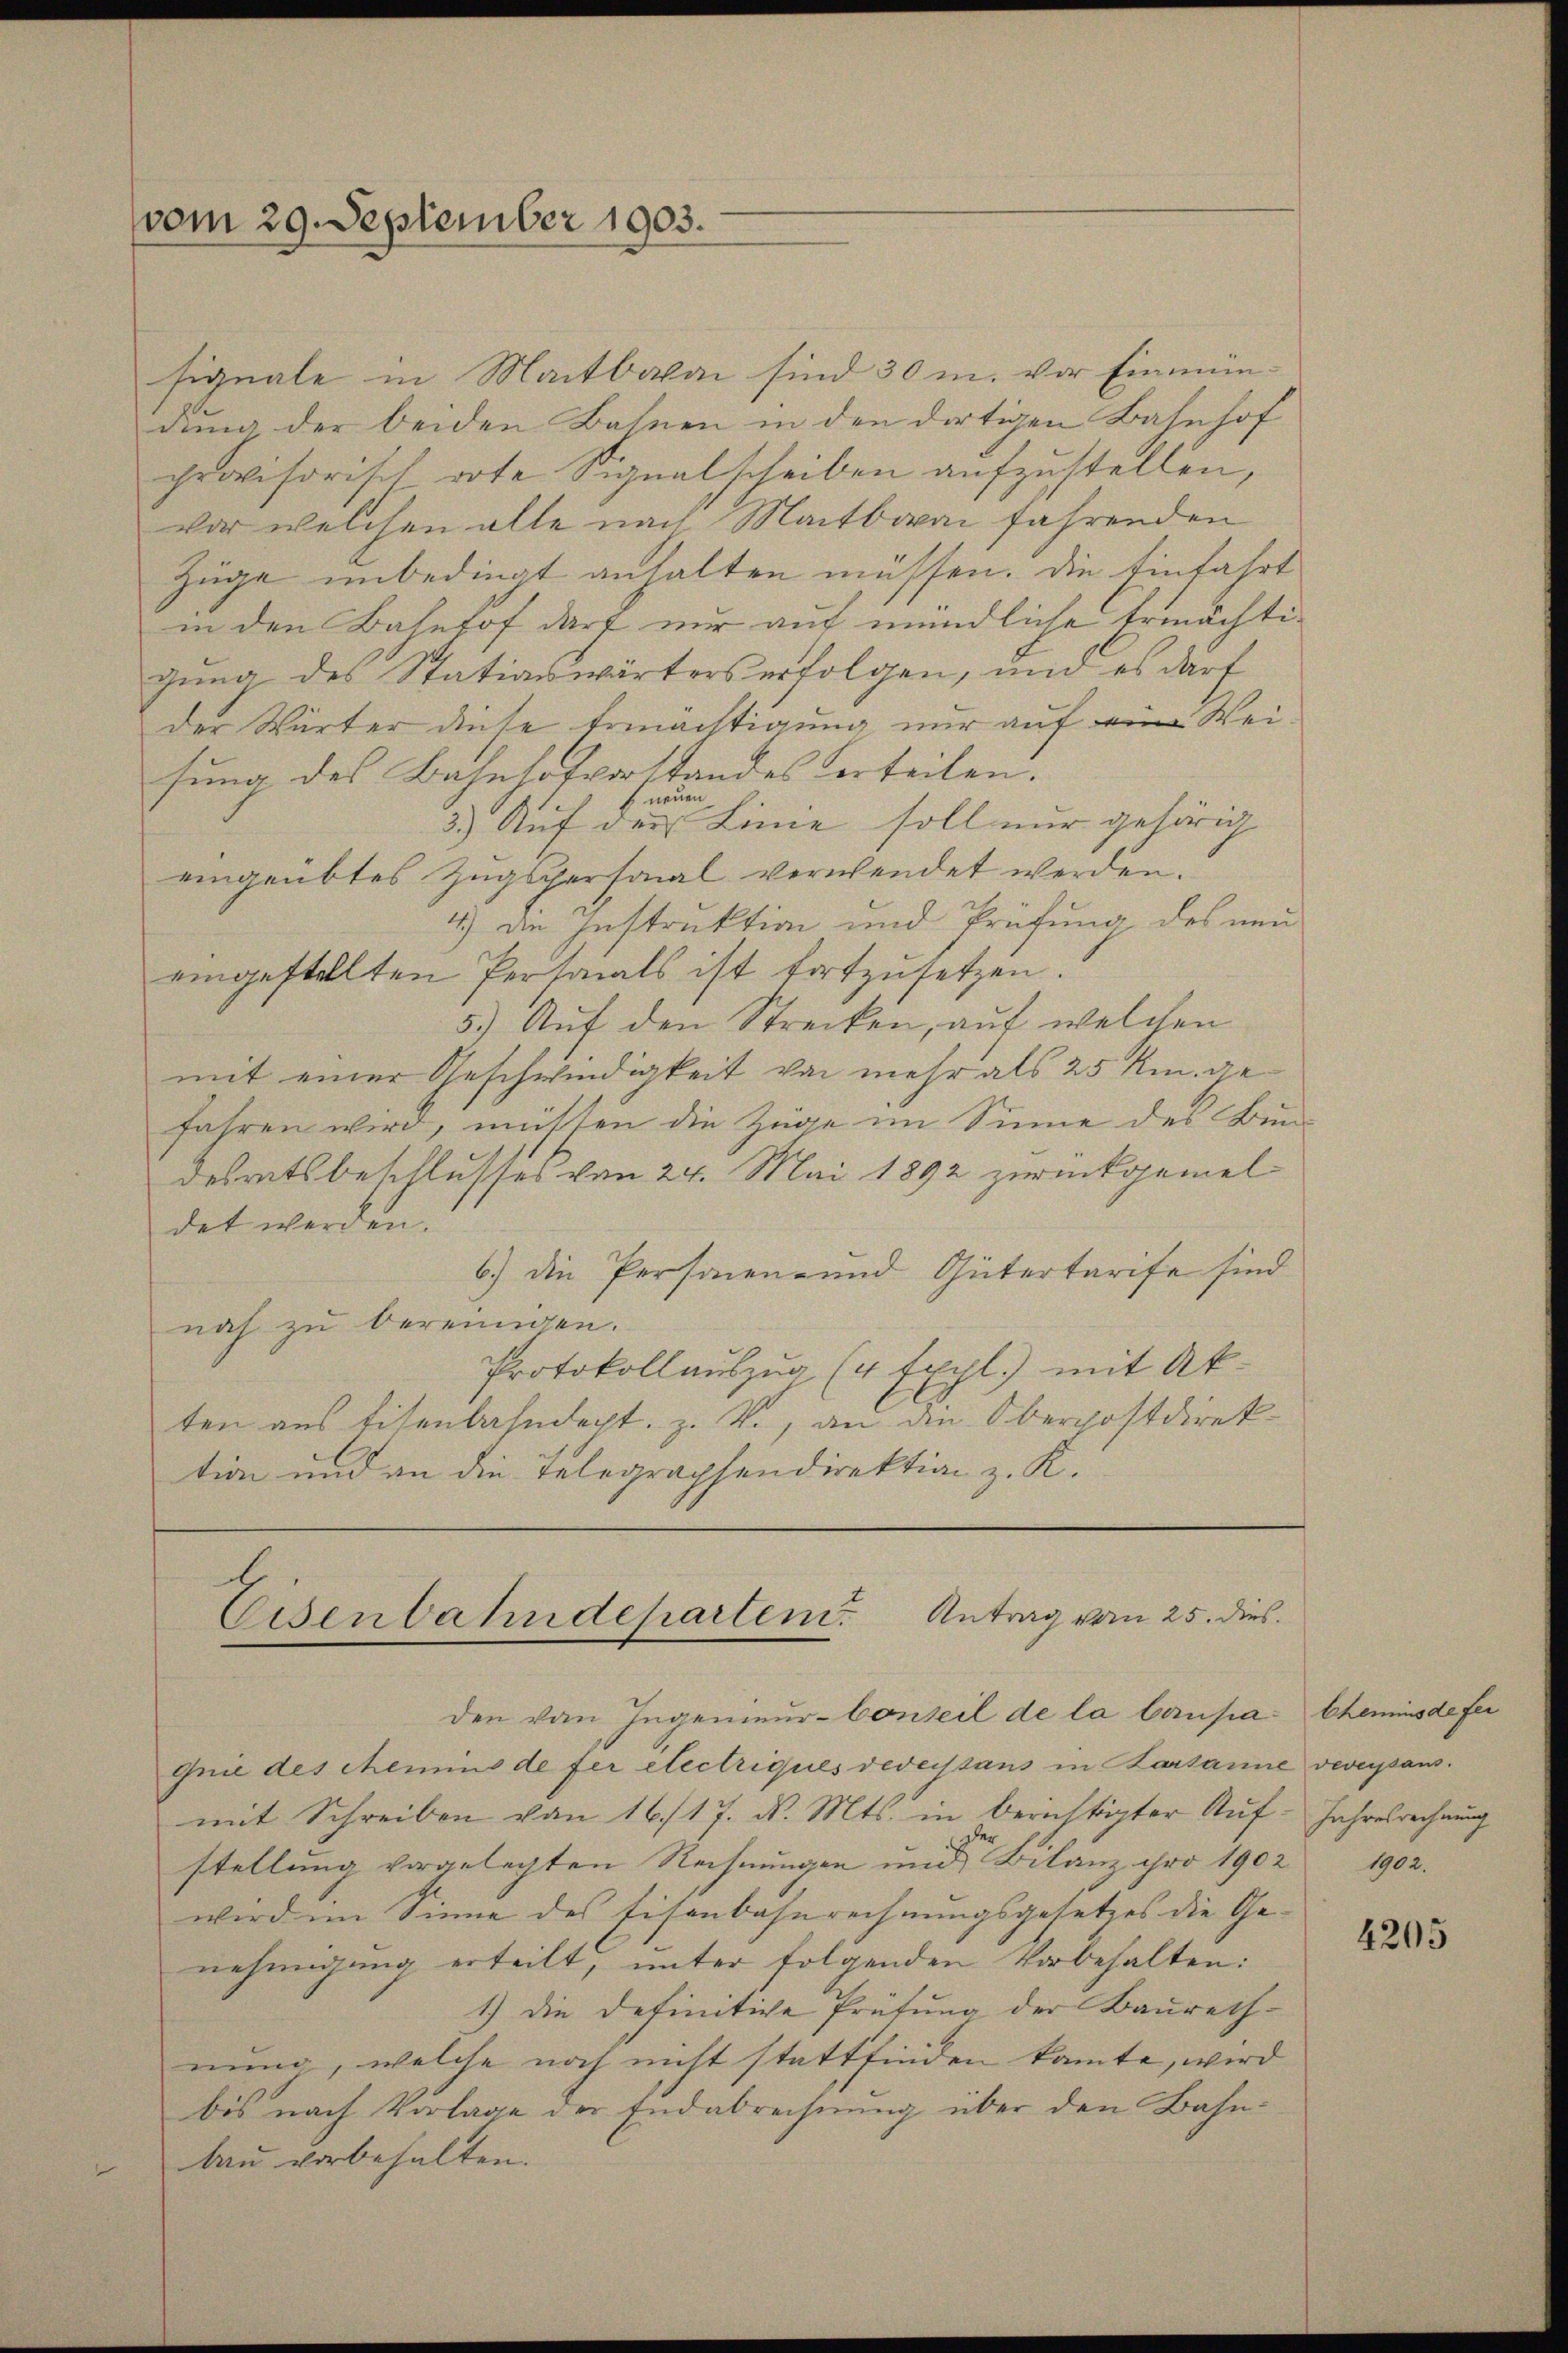
vom 29. September 1903.

signale in Martbalai sind 30 m. vor Einmündung der beiden Bahnen in den dortigen Bahnhof
provisorisch dote Signalscheiben aufzustellen,
vor welchen alle nach Martbaai fahrenden
Züge unbedingt anhalten müssen. Die Einfahrt
in den Bahnhof darf nur auf mündliche Ermächtigung des Stationswärters erfolgen, und es darf
der Wärter diese Ermächtigung nur auf eine Weifung des Bahnhofvorstandes Verteilen.
 neuen
3.) Auf der Linie soll nur gehörig
eingeübtes Zugspersonal verwendet werden.
4.) Die Instruktion und Prüfung des neu
eingestellten Personals ist fortzusetzen.
5.) Auf den Strecken, auf welchen
mit einer Geschwindigkeit von mehr als 25 km gefahren wird, müssen die Züge im Sinne des Bundesratsbeschlusses von 24. Mai 1892 zurückgemeldet werden.
6.) Die Personen- und Gütertarife sind
nach zu bereinigen.
Protokollauszug (4 Expl.) mit Akten aus Eisenbahndept. Z. V., an die Oberpostdirektion und an die Telegraphendirektion z. K.

Eisenbahndepartem Antrag von 25. dies
den von Ingenieur-Conseil de la Caupa¬

Gnie des chemins de fer electriques deversans in Karsanne verspans.
mit Schreiben von 16./17. d. Mts. in berichtigter Auf- Jahresrechnung
stellung vorgelegten Rechnungen und Bilanz pro 1902
wird im Sinne des Eisenbahnrechnungsgesetzes die Ge-
nehmigung erteilt; unter folgenden Vorbehalten:
1.) Die Definitive Prüfung der Baurechnung, welche noch nicht stattfinden kannte, wird
bis nach Vorlage der Endabrechnung über den Bahnbau vorbehalten.

Chemins de fer
1902.

4205